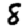
Digit: 8